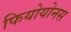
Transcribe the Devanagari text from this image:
फियोयोनस